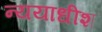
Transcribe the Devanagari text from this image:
न्ययाधीश